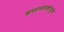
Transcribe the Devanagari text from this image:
सत्तासंघर्षामुळे